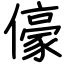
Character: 儫